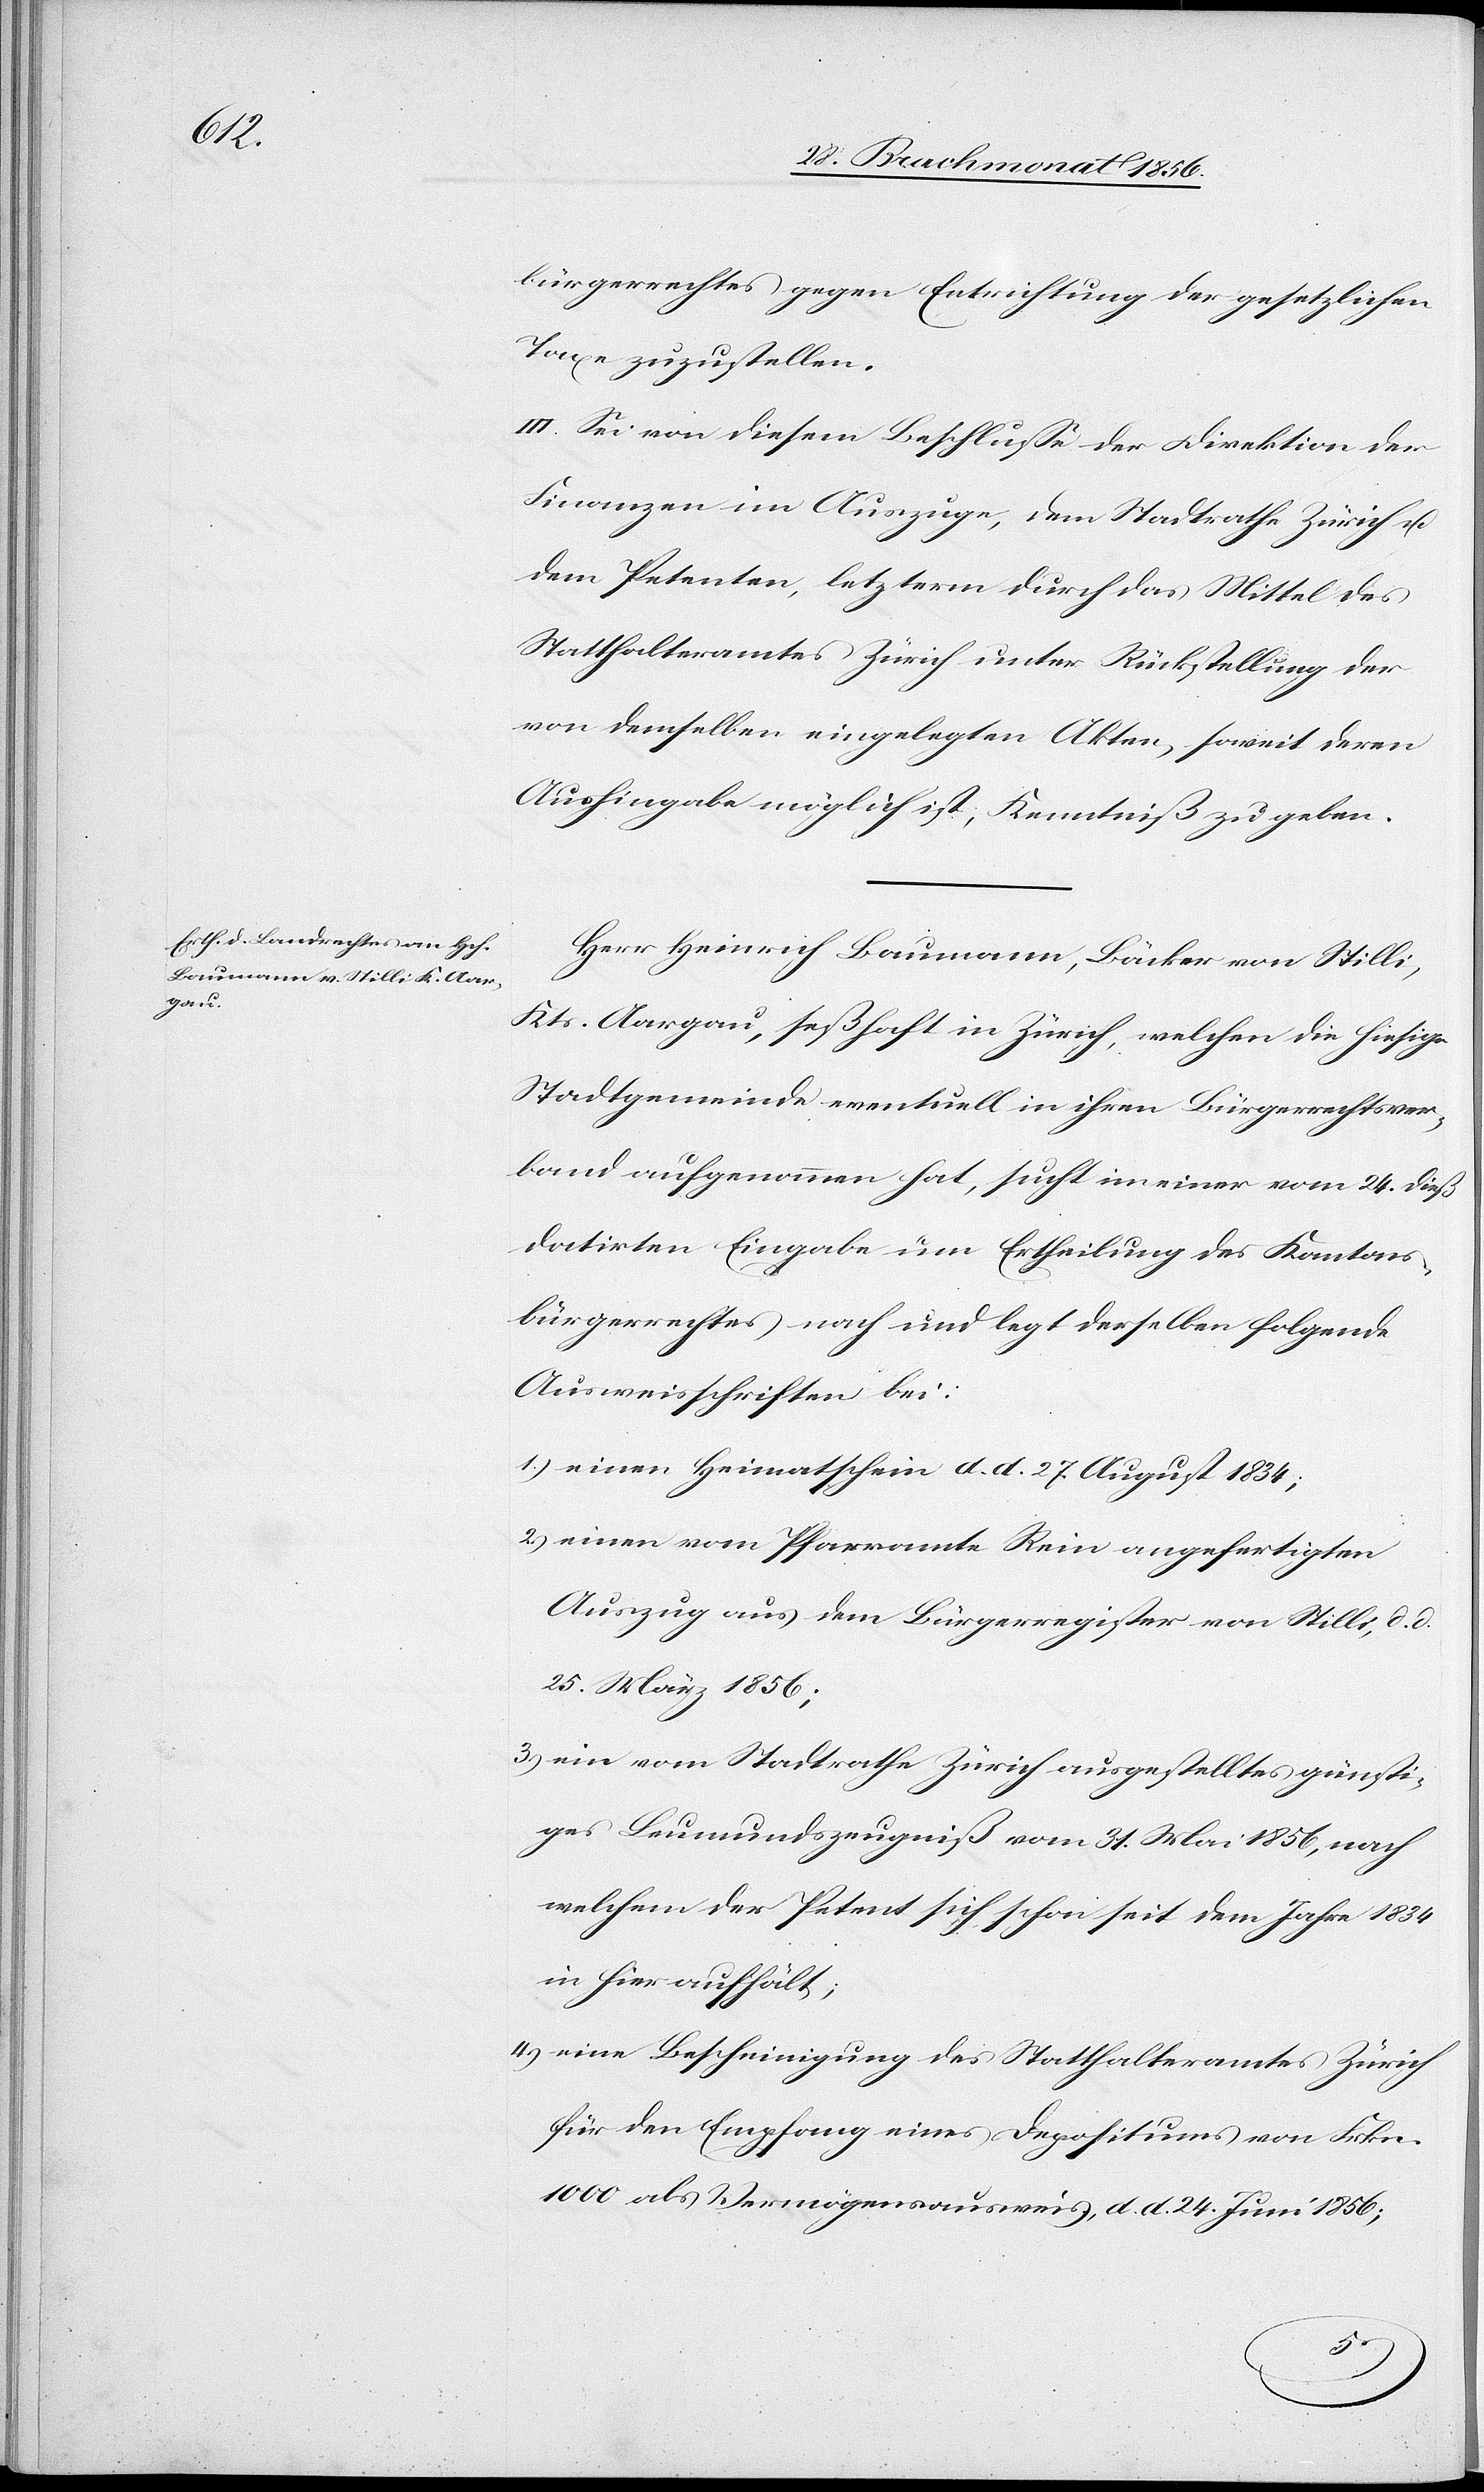
bürgerrechtes gegen Entrichtung der gesetzlichen
Taxe zuzustellen.
III. Sei von diesem Beschlusse der Direktion der
Finanzen im Auszuge, dem Stadtrathe Zürich u.
dem Petenten, letzterm durch das Mittel des
Statthalteramtes Zürich unter Rückstellung der
von demselben eingelegten Akten, soweit deren
Aushingabe möglich ist, Kenntniß zu geben.
Herr Heinrich Baumann, Bäcker von Stilli,
Kts. Aargau, seßhaft in Zürich, welchen die hiesige
Stadtgemeinde eventuell in ihren Bürgerrechtsver¬
band aufgenommen hat, sucht im [recte: in] einer vom 24. dieß
datirten Eingabe um Ertheilung des Kantons¬
bürgerrechtes nach und legt derselben folgende
Ausweisschriften bei:
1.) einen Heimatschein d. d. 27. August 1834;
2.) einen vom Pfarramte Rein angefertigten
Auszug aus dem Bürgerregister von Stilli, d. d.
25. März 1856;
3.) ein vom Stadtrathe Zürich ausgestelltes günsti¬
ges Leumundszeugniß vom 31. Mai 1856, nach
welchem der Petent sich schon seit dem Jahre 1834
in hier aufhält;
4.) eine Bescheinigung des Statthalteramtes Zürich
für den Empfang eines Depositums von Frkn.
1000 als Vermögensausweis, d. d. 24. Juni 1856;